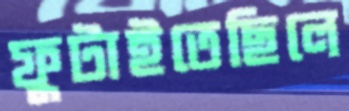
ফুটাইতেছিলে